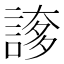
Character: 𧩫